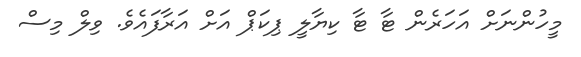
މީހުންނަށް އަހަރެން ޓާ ޓާ ކިޔާލީ ޕިކަޕް އަށް އަރާފައެވެ. ވިލް މިސް